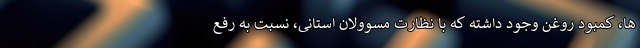
ها، کمبود روغن وجود داشته که با نظارت مسوولان استانی، نسبت به رفع